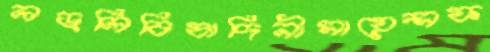
লড়লিবিষাদিনীসায়েন্সফ